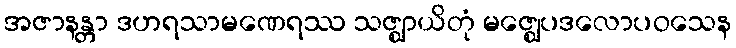
အဇာနန္တာ ဒဟရသာမဏေရဿ သဇ္ဈာယိတုံ မဇ္ဈေပဒလောပဝသေန